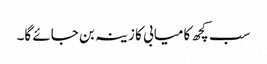
سب کچھ کامیابی کا زینہ بن جائے گا۔